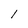
Character: 1